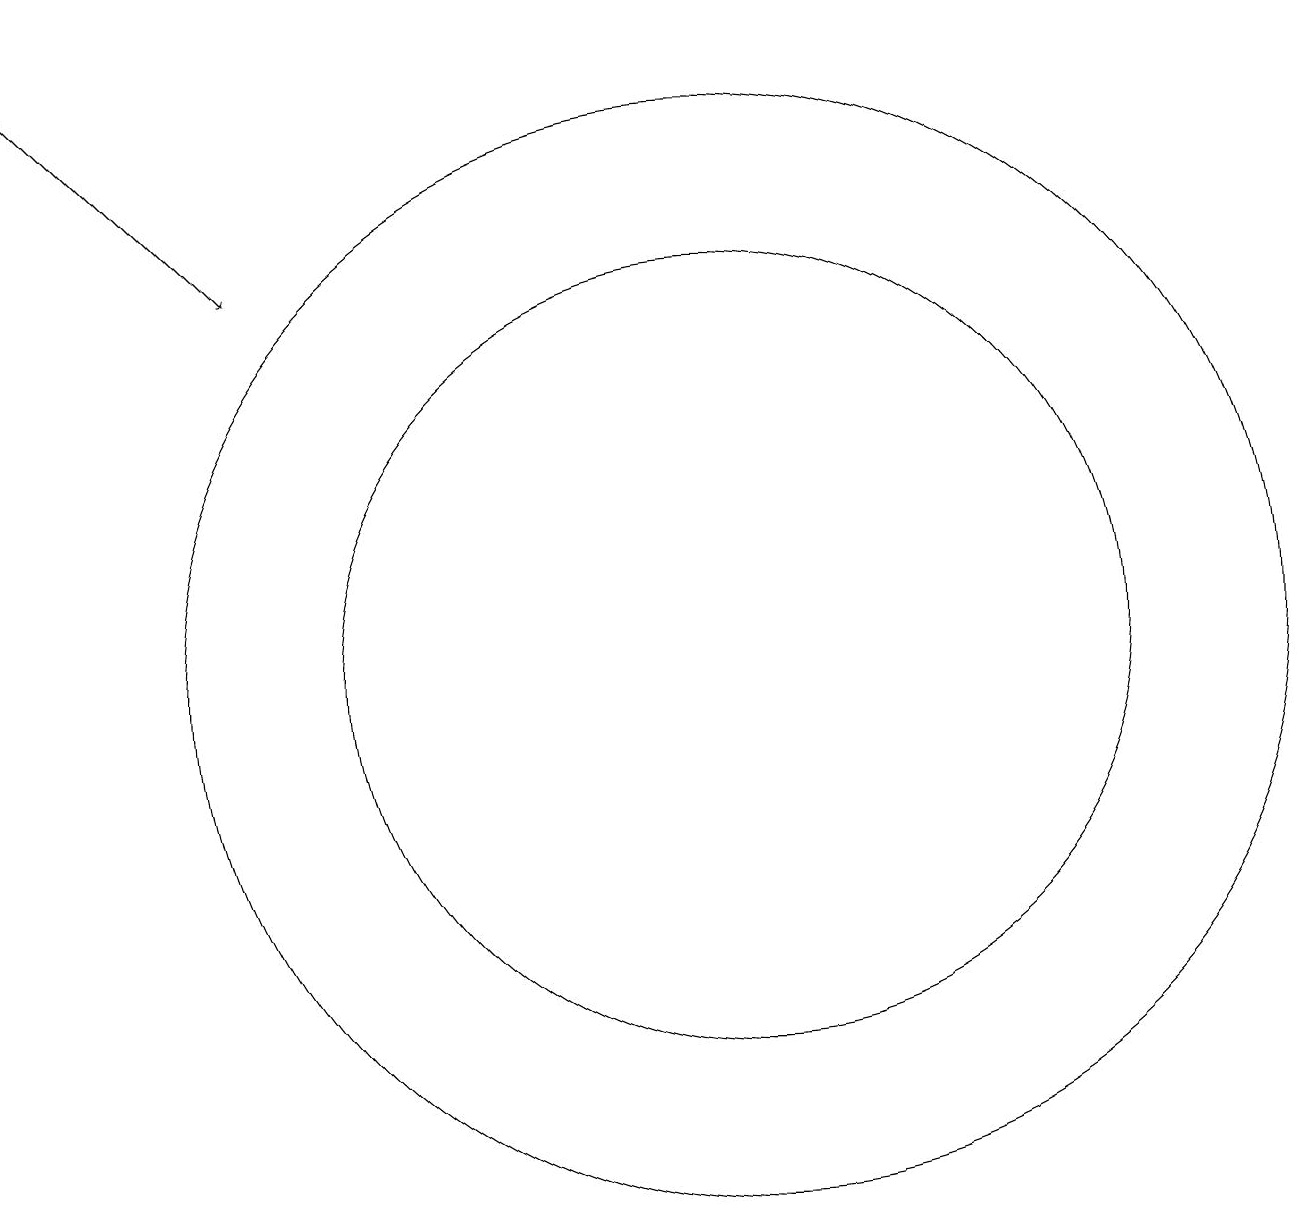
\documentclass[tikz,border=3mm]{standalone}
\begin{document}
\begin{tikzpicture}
\draw (11,11) circle (5);
\draw[->] (2,19) -- (5,16);
\draw (11,11) circle (0);
\draw (11,11) circle (7);
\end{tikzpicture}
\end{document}